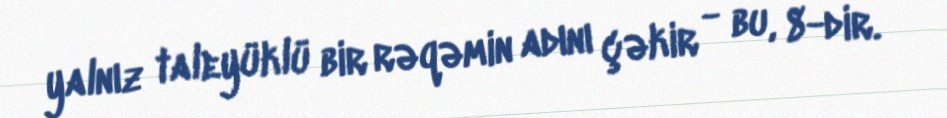
yalnız taleyüklü bir rəqəmin adını çəkir - bu, 8-dir.